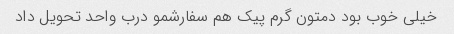
خیلی خوب بود دمتون گرم پیک هم سفارشمو درب واحد تحویل داد